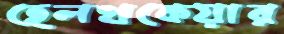
হেলথকেয়ার